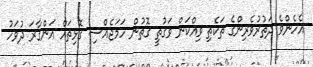
އެހެންވެ ދަތުރުވެރިންގެ ތަކެތި ވިއްކަން ވަގުތީ ގޮތުން ހަމަޖެއްސި ގޮޅިތައް އަންގާރަ ދުވަހު